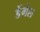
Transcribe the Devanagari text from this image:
डेंगेल